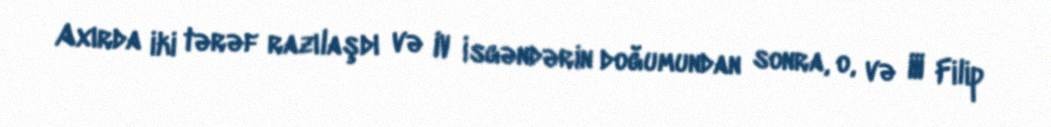
Axırda iki tərəf razılaşdı və IV İsgəndərin doğumundan sonra, o, və III Filip